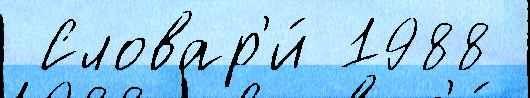
 Словар'и́ 1988